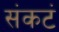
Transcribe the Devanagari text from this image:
संकटं